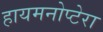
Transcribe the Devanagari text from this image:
हायमनोप्टेरा